Tezpur Lunatic Asylum reports 1877-1894 - 1877-1894
Year: 1877
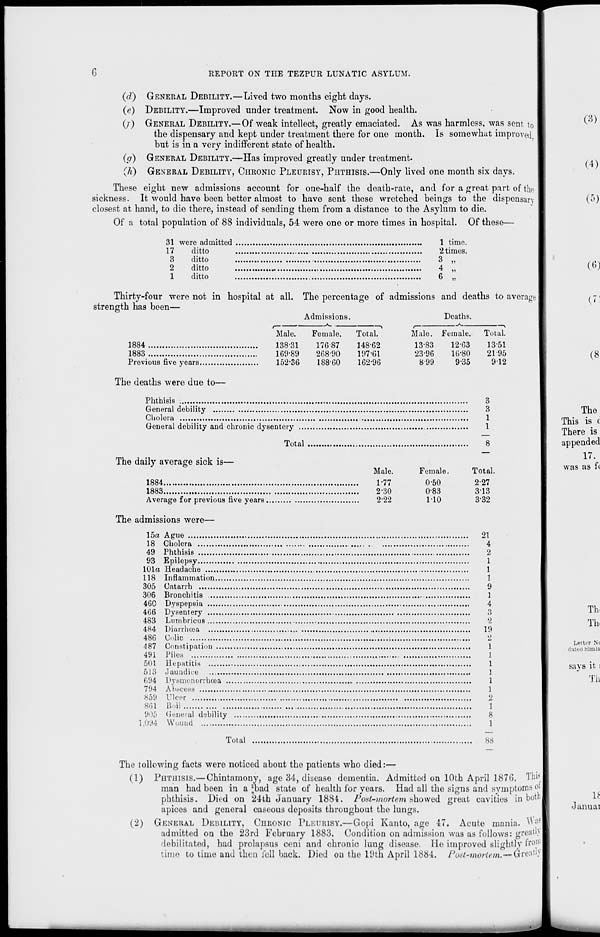
REPORT ON THE TEZPUR LUNATIC ASYLUM.
(d) GENERAL DEBILITY.—Lived two months eight days.
(e) DEBILITY.—Improved under treatment. Now in good health.
(/■ ) GENEKAL DEBILITY.—Of weak intellect, greatly emaciated. As was harmless, was sent to
the dispensary and kept under treatment there for one month. Is somewhat improved,
but is in a very indifferent state of health.
(g) GENERAL DEBILITY.—Has improved greatly under treatment.
(h) GENERAL DEBILITY, CHRONIC PLEURISY, PHTHISIS.—Only lived one month six days.
These eight new admissions account for one-half the death-rate, and for a great part of the
sickness. It would have been better almost to have sent these wretched beings to the dispensary
closest at hand, to die there, instead of sending them from a distance to the Asylum to die.
Of a total population of 88 individuals, 54 were one or more times in hospital. Of these—
31 were admitted
17
ditto
3
ditto
2
ditto
1
ditto
1 time.
2 times.
3 „
4 „
Thirty-four were not in hospital at all. The percentage of admissions and deaths to average l
3trength has been—
Admissions.
Deaths.
1884
1883
Previous five years.
The deaths were due to-
Male.
138-31
169-89
152-36
Female.
176-87
268-90
188-60
Total.
148-62
197-61
162-96
r—
Male.
13-83
23-96
899
Female.
12-63
16-80
9-35
Total.
1351
2195
912
Phthisis
General debility-
Cholera
General debility and chronic dysentery ...
Total
The daily average sick is—
1884
1883
Average for previous five years,
The admissions were—
Male.
1-77
2-30
2-22
15a
18
49
93
101a
118
305
306
460
466
483
484
486
487
491
501
513
094
794
X59
861
9i)5
1,094
Ague
Cholera
Phthisis
Epilepsy
Headache ....
Inflammation.
Catarrh
,
Bronchitis ...,
Dyspepsia ....
Dysentery ...,
Lumbricu8 ....
Diarrhoea ...
Colic
Constipation ...
Piles
Hepatitis
.laundice
Dysmcnorrhcea
Abscess
Ulcer
Boil
,
General debility
Wound
,
Total
Female.
0-50
0-83
1-10
3
3
1
1
8
Total.
2-27
3-13
3-32
21
4
2
1
1
1
9
1
4
3
2
19
2
1
1
1
1
1
2
1
8
1
88
The tollowing facts were noticed about the patients who died:—
(1) PHTHISIS.— Chintamony, age .-34, disease dementia. Admitted on 10th April 1876. Thi»
man had been in a ^bad state of health for years. Had all the signs and syinptorns ot
phthisis. Died on 24th January 1884. Pod-mortem showed great cavities in both]
apices and general caseous deposits throughout the lungs.
(2) GENERAL DERILITY, CHRONIC PLKURISY.—Gopi Kanto, age 47. Acute mania. W fl 8
admitted on the 23rd February 1883. Condition on admission was as follows: greatl)
debilitated, had prolapsus ceni and chronic lung disease. Ho improved slightly iron 1 1
time to time and then fell back. Died on the l ( Jth April 1884. Post-mortem.—wreath''
Letter N<
dated Siuilu